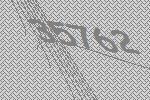
35762